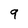
Character: 9